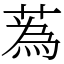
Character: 蒍